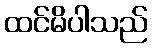
ထင်မိပါသည်